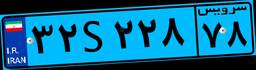
۳۲S۲۲۸۷۸